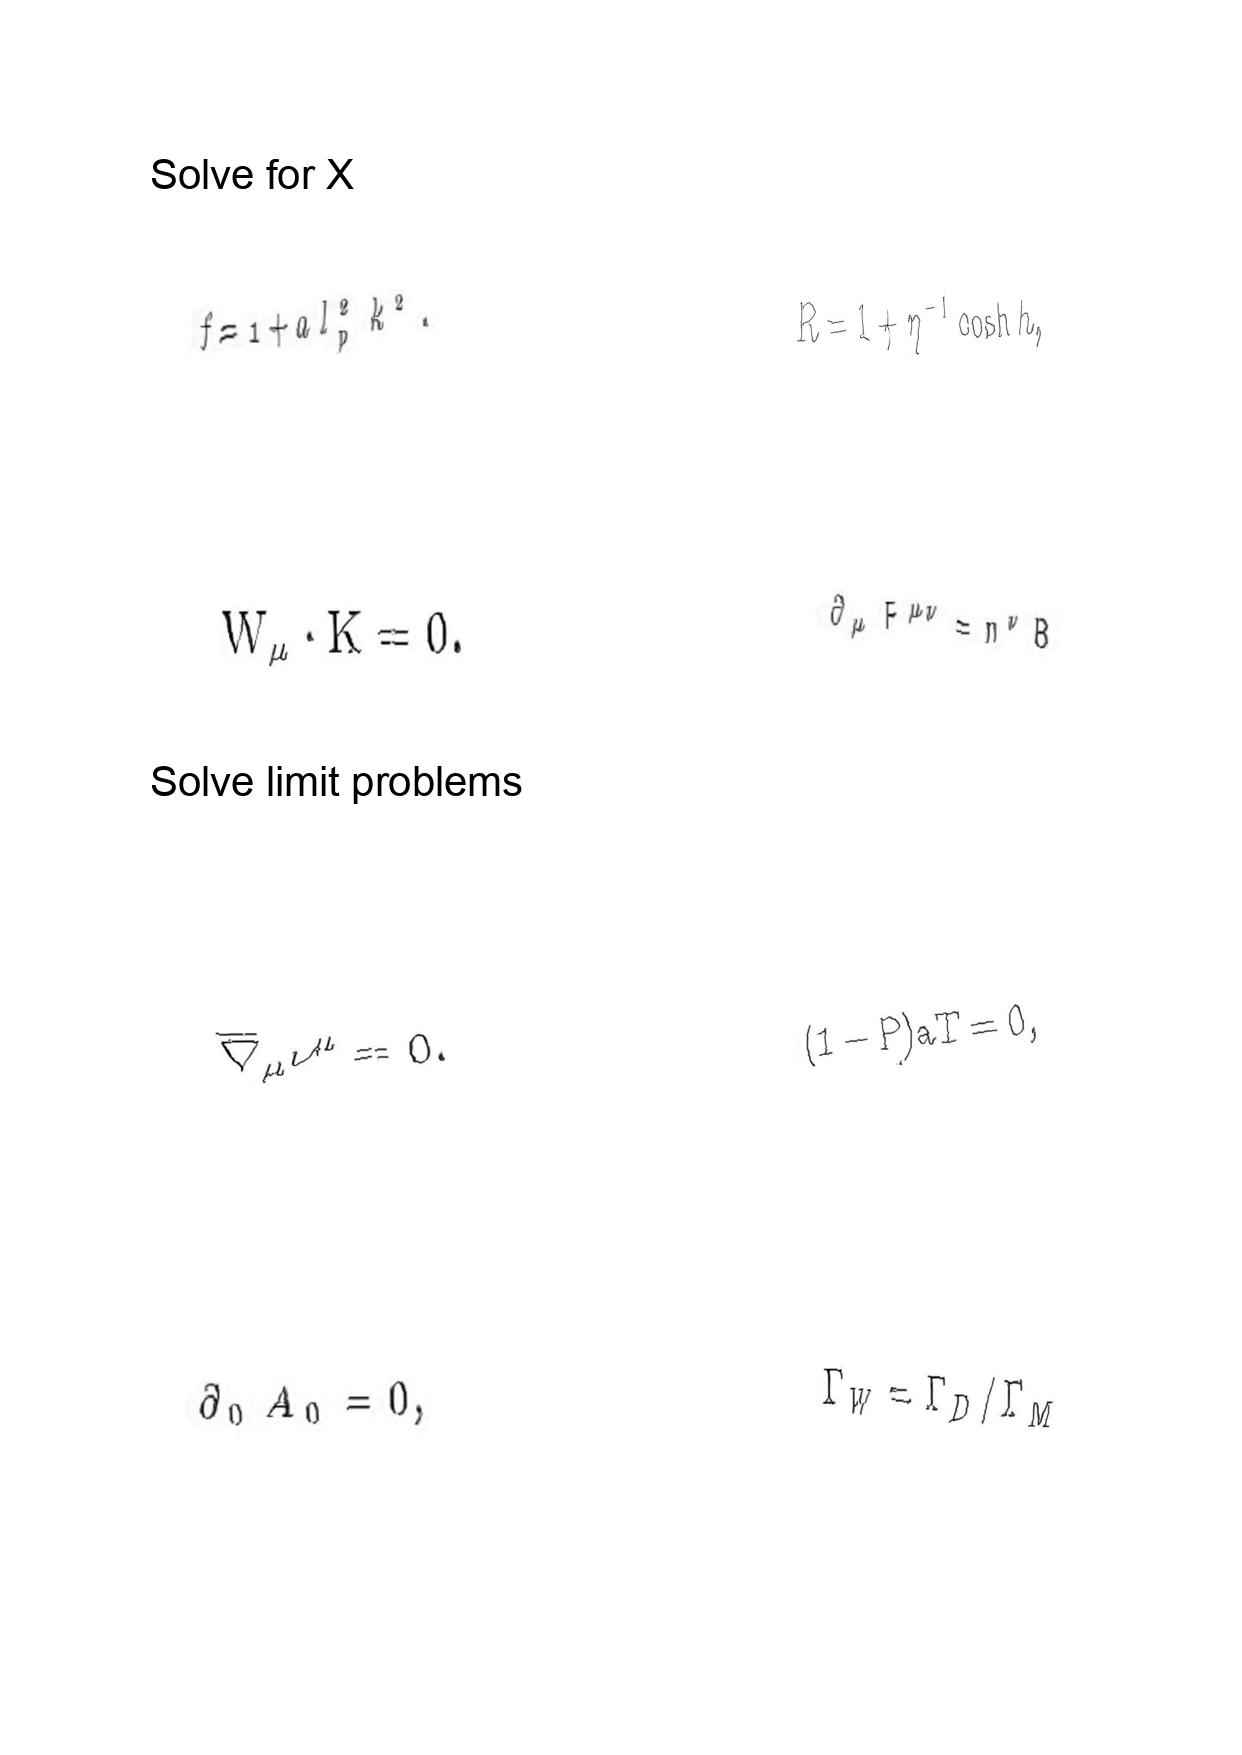
LaTeX transcription:
f = 1 + a l _ { p } ^ { 2 } k ^ { 2 } .
W _ { \mu } \cdot K = 0 .
\overline { \nabla } _ { \mu } \nu ^ { \mu } = 0 .
\partial _ { 0 } A _ { 0 } = 0 ,
R = 1 + \eta ^ { - 1 } \cosh h ,
\partial _ { \mu } F ^ { \mu \nu } = n ^ { \nu } B
\lparen 1 - P \rparen a T = 0 ,
\Gamma _ { W } = \Gamma _ { D } / \Gamma _ { M }